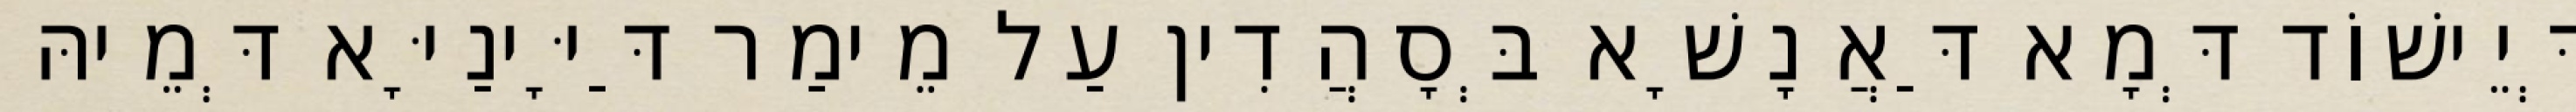
דְּיֵישׁוֹד דְּמָא דַּאֲנָשָׁא בְּסָהֲדִין עַל מֵימַר דַּיָּינַיָּא דְּמֵיהּ